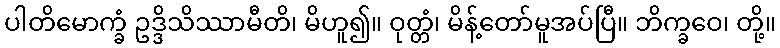
ပါတိမောက္ခံ ဥဒ္ဒိသိဿာမီတိ၊ မိဟူ၍။ ဝုတ္တံ၊ မိန့်တော်မူအပ်ပြီ။ ဘိက္ခဝေ၊ တို့။